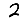
Digit: 2